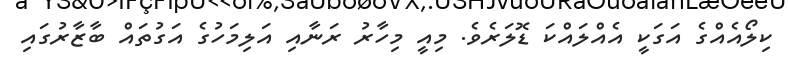
ކިލޯއެއްގެ އަގަކީ އެއްލައްކަ ޑޮލަރެވެ. މިއީ މިހާރު ރަނާއި އަލިމަހުގެ އަގުތައް ބާޒާރުގައި